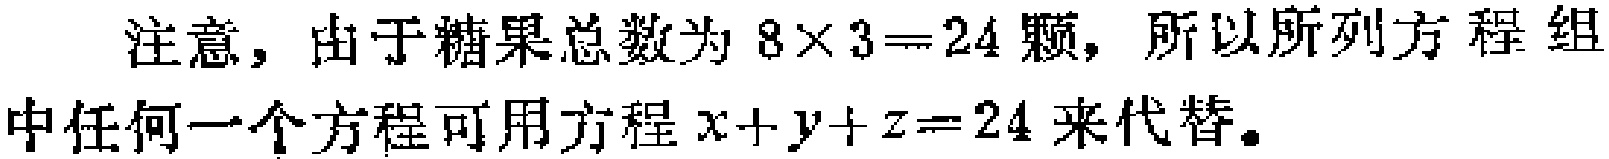
注意，由于糖果总数为 \(8\times 3 = 24\) 颗，所以所列方程组中任何一个方程可用方程 \(x + y + z = 24\) 来代替。